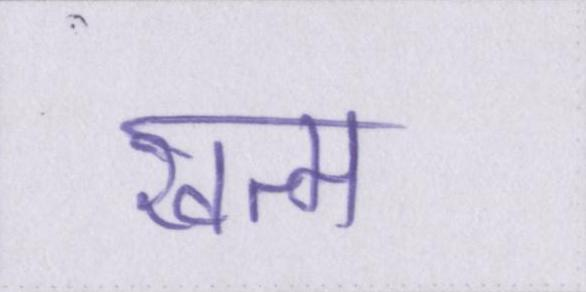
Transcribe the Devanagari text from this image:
खत्म